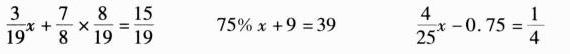
$$\frac { 3 } { 19 } x + \frac { 7 } { 8 } \times \frac { 8 } { 19 } = \frac { 15 } { 19 }$$ $$7 5 % x + 9 = 3 9$$ $$\frac { 4 } { 2 5 } x - 0 . 7 5 = \frac { 1 } { 4 }$$